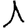
Digit: 1